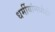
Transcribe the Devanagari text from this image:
धर्मीयांमध्येही